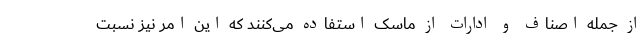
از جمله اصناف و ادارات از ماسک استفاده می‌کنند که این امر نیز نسبت